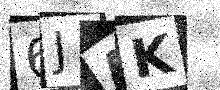
Text: 6JAK